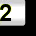
Digit: 2